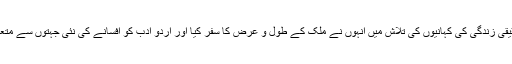
سچی اور حقیقی زندگی کی کہانیوں کی تلاش میں انہوں نے ملک کے طول و عرض کا سفر کیا اور اُردو ادب کو افسانے کی نئی جہتوں سے متعارف کروایا۔